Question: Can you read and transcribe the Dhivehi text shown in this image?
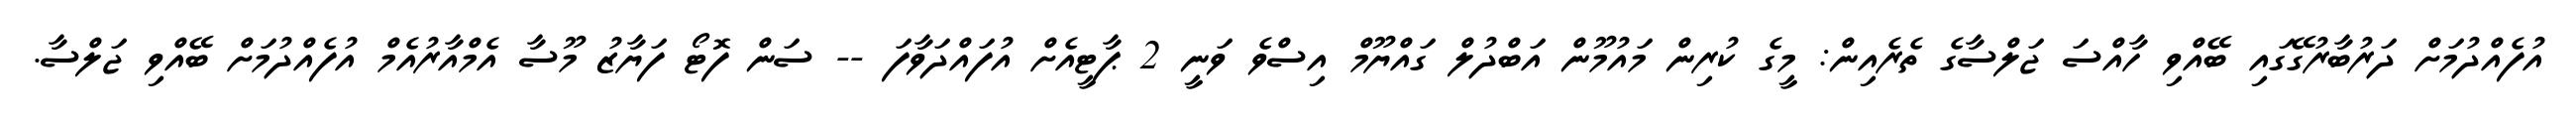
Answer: އުފެއްދުމަށް ދަރުބާރުގޭގައި ބޭއްވި ހާއްސަ ޖަލްސާގެ ތެރެއިން: މީގެ ކުރިން މައުމޫން އަބްދުލް ގައްޔޫމް އިސްވެ ވަނީ 2 ޕާޓީއެށް އުފައްދަވާފަ -- ސަން ފޮޓޯ ފަޔާޒު މޫސާ އެމްއާރުއެމް އުފެއްދުމަށް ބޭއްވި ޖަލްސާ.